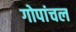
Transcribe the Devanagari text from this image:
गोपांचल